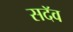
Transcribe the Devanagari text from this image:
सदॅव